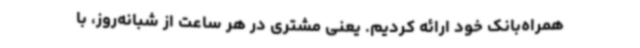
همراه‌بانک خود ارائه کردیم. یعنی مشتری در هر ساعت از شبانه‌روز، با